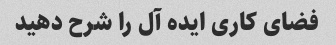
فضای کاری ایده آل را شرح دهید